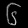
Digit: ၆